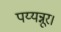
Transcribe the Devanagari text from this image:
पय्यन्नूर।